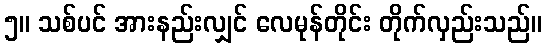
၅။ သစ်ပင် အားနည်းလျှင် လေမုန်တိုင်း တိုက်လှည်းသည်။